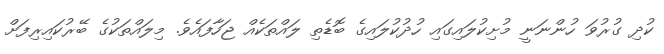
ކުދި ގުރުވަ ހުންނަނީ މުށިކުލަައިގައި ހުދުކުލައިގެ ބޮޑެތި ލައްތަކެއް ޖަހާފައެވެ. މިލައްތަކުގެ ބޭރުކައިރިފަށް